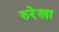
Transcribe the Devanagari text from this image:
रुरेखा